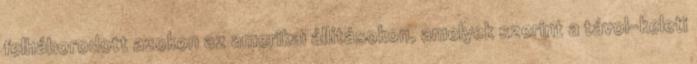
felháborodott azokon az amerikai állításokon, amelyek szerint a távol-keleti